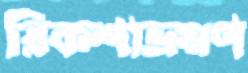
রিকশাভ্রমণ